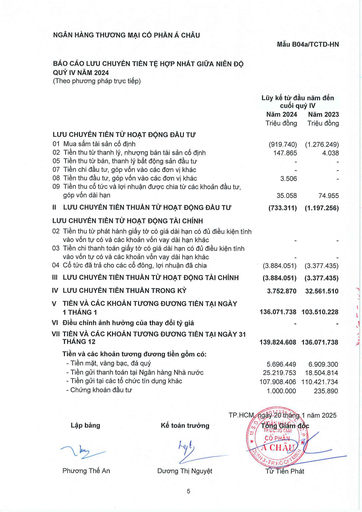
||Lũy kế từ đầu cuối|năm đến quý IV| |---|---|---| ||Năm 2024|Năm 2023| ||Triệu đồng|Triệu đồng| |LƯU CHUYỂN TIỀN TỪ HOẠT ĐỘNG ĐẦU TƯ||| |01 Mua sắm tài sản cố định|(919.740)|(1.276.249)| |02 Tiền thu từ thanh lý, nhượng bán tài sản cố định|147.865|4.038| |05 Tiền thu từ bán, thanh lý bất động sản đầu tư|-|-| |07 Tiền chi đầu tư, góp vốn vào các đơn vị khác||| |08 Tiền thu đầu tư, góp vốn vào các đơn vị khác|3.506|| |09 Tiền thu cổ tức và lợi nhuận được chia từ các khoản đầu tư, góp vốn dài hạn|35.058|74.955| |II LƯU CHUYỂN TIỀN THUẦN TỪ HOẠT ĐỘNG ĐẦU TƯ|(733.311)|(1.197.256)| |LƯU CHUYỂN TIỀN TỪ HOẠT ĐỘNG TÀI CHÍNH||| |02 Tiền thu từ phát hành giấy tờ có giá dài hạn có đủ điều kiện tính vào vốn tự có và các khoản vốn vay dài hạn khác|-|| |03 Tiền chi thanh toán giấy tờ có giá dài hạn có đủ điều kiện tính vào vốn tự có và các khoản vốn vay dài hạn khác||| |04 Cổ tức đã trả cho các cổ đông, lợi nhuận đã chia|(3.884.051)|(3.377.435)| |III LƯU CHUYỂN TIỀN THUẦN TỪ HOẠT ĐỘNG TÀI CHÍNH|(3.884.051)|(3.377.435)| |IV LƯU CHUYỂN TIỀN THUẦN TRONG KỲ|3.752.870|32.561.510| |V TIỀN VÀ CÁC KHOẢN TƯƠNG ĐƯƠNG TIỀN TẠI NGÀY 1 THÁNG 1|136.071.738|103.510.228| |VI Điều chỉnh ảnh hưởng của thay đổi tỷ giá||| |VII TIỀN VÀ CÁC KHOẢN TƯƠNG ĐƯƠNG TIỀN TẠI NGÀY 31 THÁNG 12|139.824.608|136.071.738| |Tiền và các khoản tương đương tiền gồm có:||| |- Tiền mặt, vàng bạc, đá quý|5.696.449|6.909.300| |Tiền gửi thanh toán tại Ngân hàng Nhà nước|25.219.753|18.504.814| |Tiền gửi tại các tổ chức tín dụng khác|107.908.406|110.421.734| |Chứng khoán đầu tư|1.000.000|235.890|